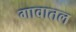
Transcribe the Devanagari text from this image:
गावातल